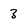
Character: 3